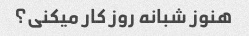
هنوز شبانه روز کار میکنی؟